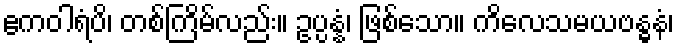
ဧကဝါရံပိ၊ တစ်ကြိမ်လည်း။ ဥပ္ပန္နံ၊ ဖြစ်သော။ ကိလေသမယဗန္ဓနံ၊